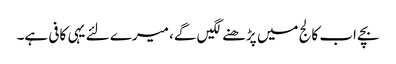
بچے اب کالج میں پڑھنے لگیں گے، میرے لئے یہی کافی ہے۔